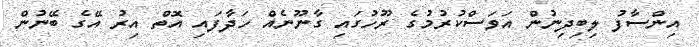
އިންސާފު ލިބިދިނުން އަވަސްކުރުމުގެ ރޫހުގައި ގާނޫނެއް ހަދާފައި އޮތް އިރު އޭގެ ބޭނުން